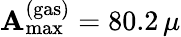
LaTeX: \mathbf{A}_{\mathrm{{max}}}^{\mathrm{{(gas)}}}=80.2\, \mu